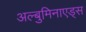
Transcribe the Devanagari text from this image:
अल्बुमिनाएड्स